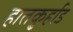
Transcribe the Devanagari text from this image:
हातकु्र्हाड